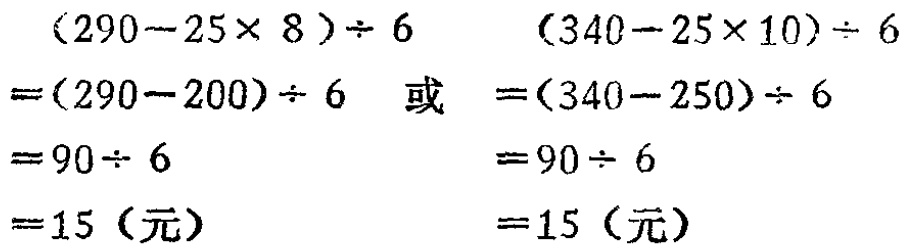
\[
\begin{align*}
&(290 - 25\times 8)\div 6\\
=&(290 - 200)\div 6\\
=&90\div 6\\
=&15 \text{（元）}
\end{align*}
\]
或
\[
\begin{align*}
&(340 - 25\times 10)\div 6\\
=&(340 - 250)\div 6\\
=&90\div 6\\
=&15 \text{（元）}
\end{align*}
\]